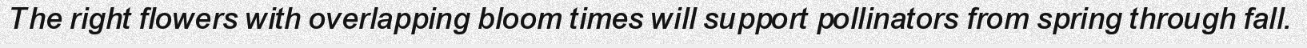
The right flowers with overlapping bloom times will support pollinators from spring through fall.